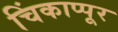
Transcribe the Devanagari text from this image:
चिंकाप्पूर